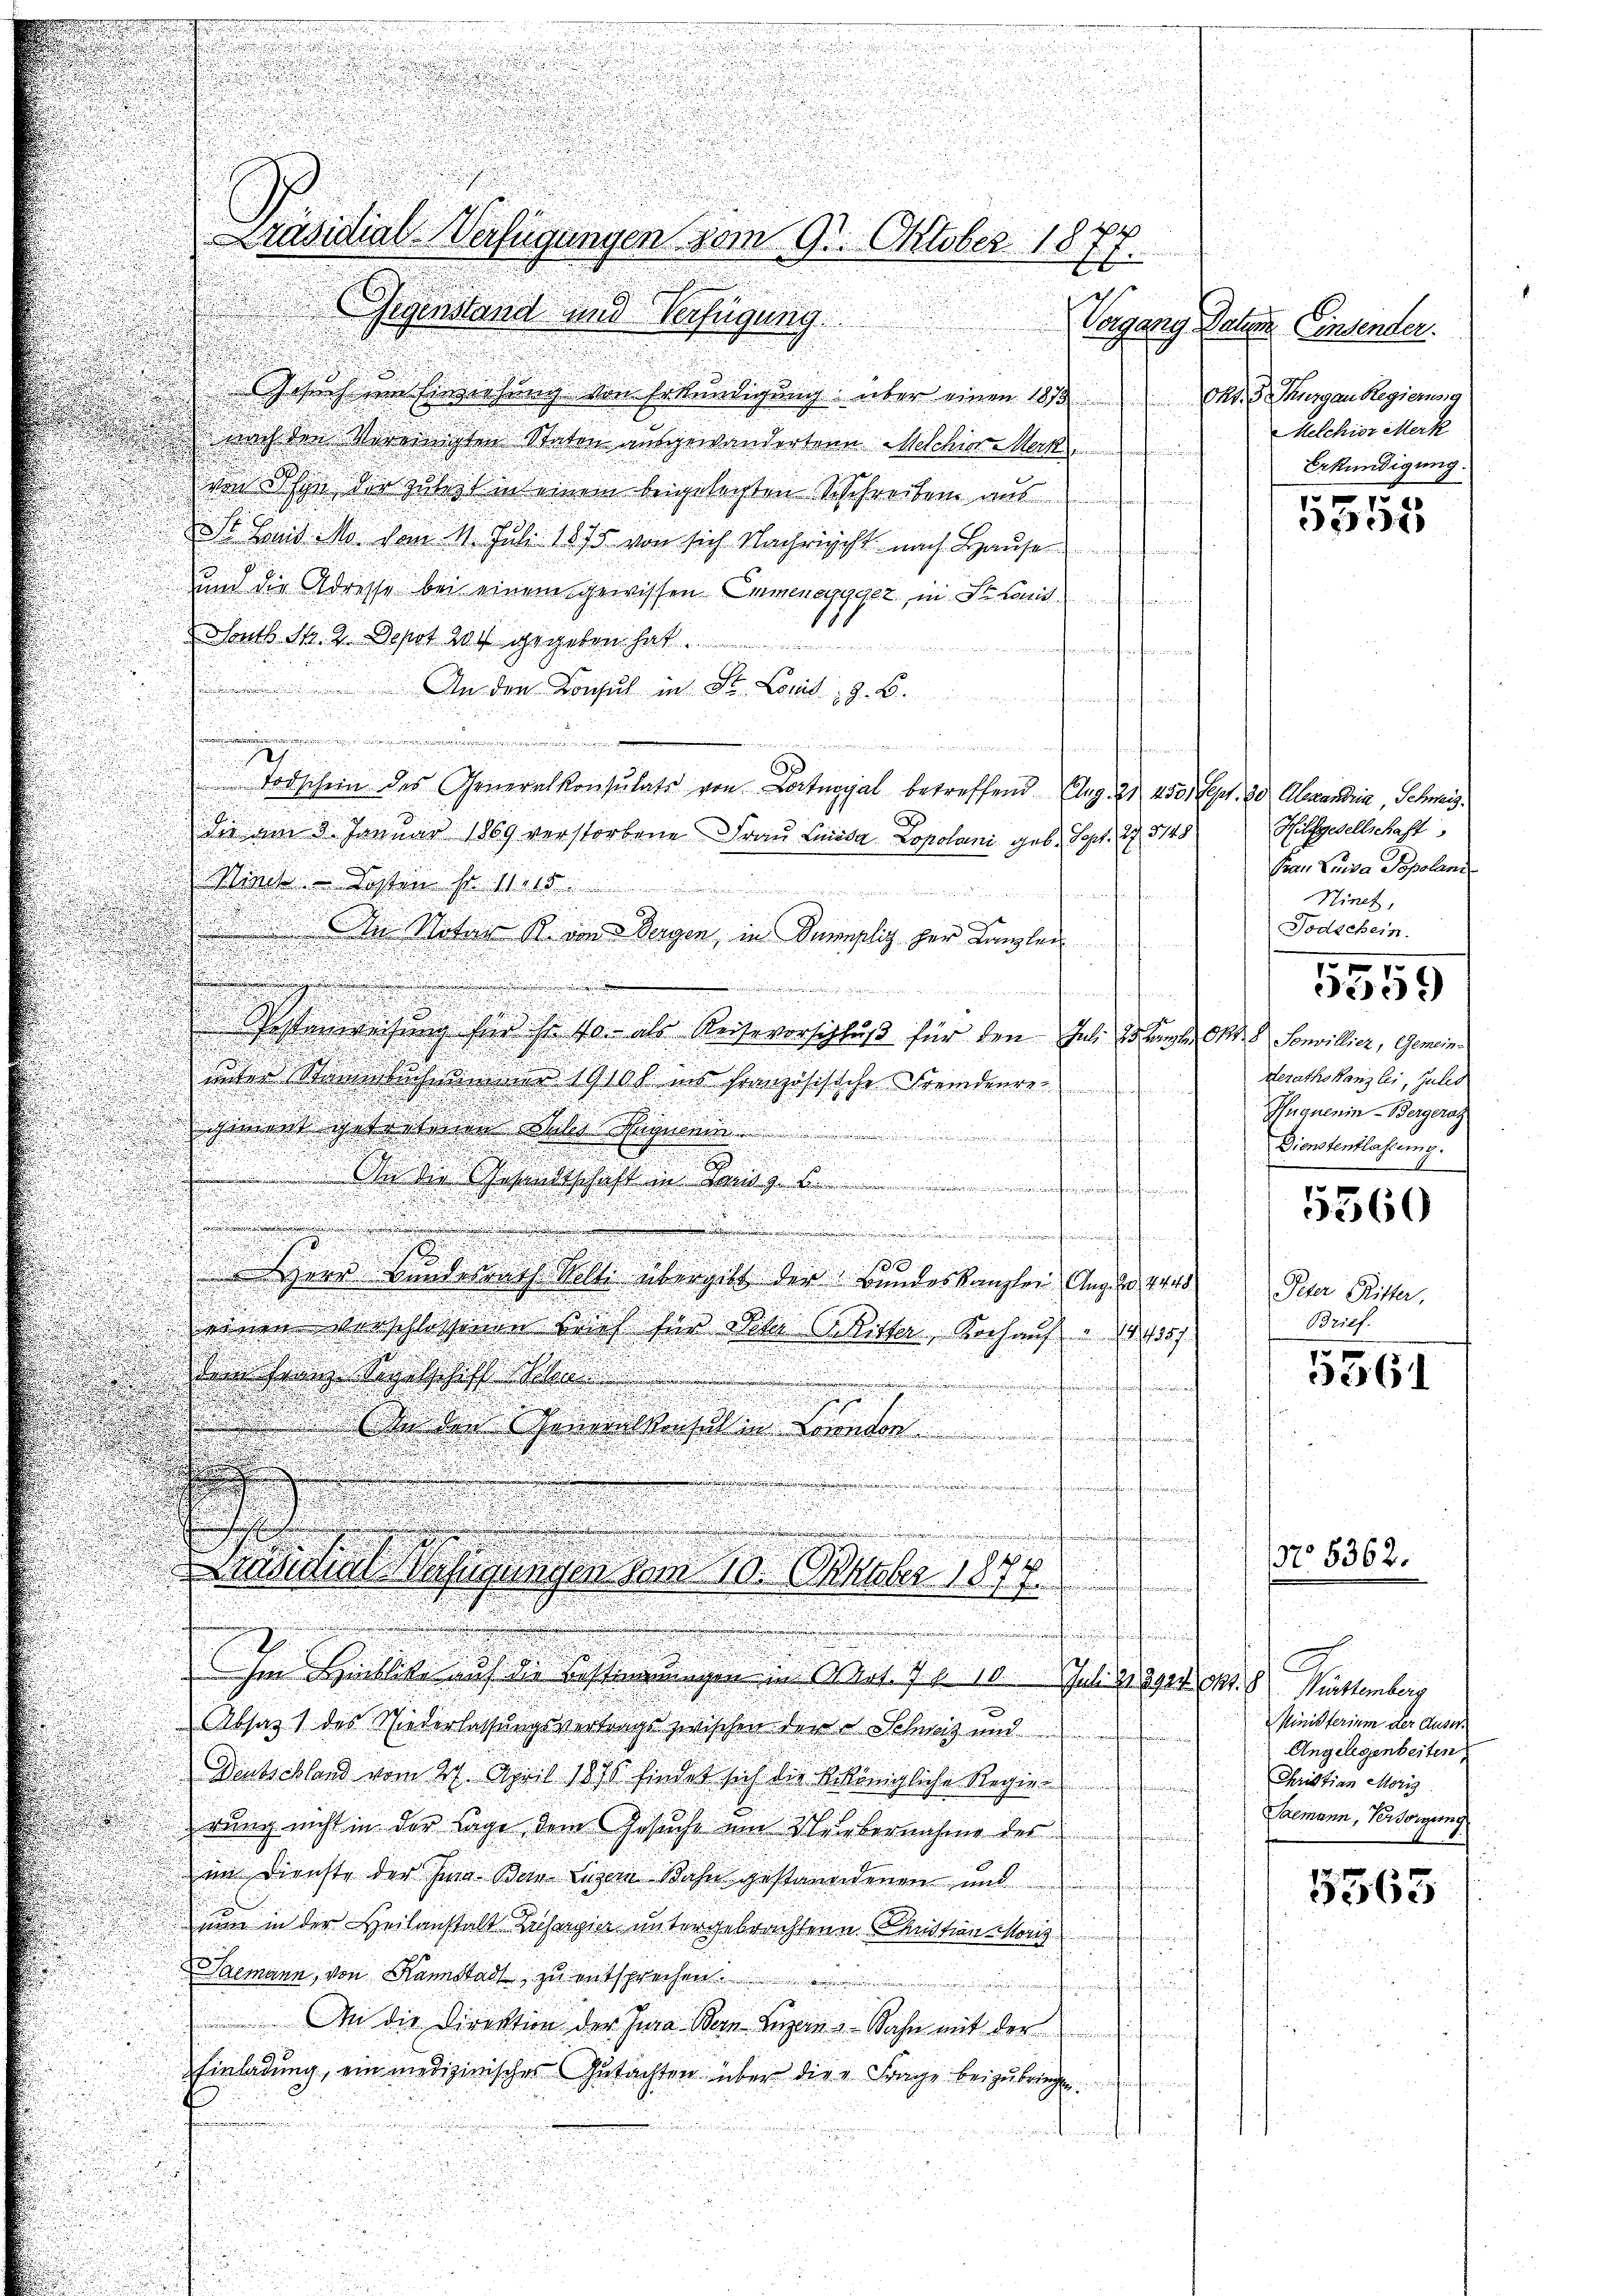
d
Gegenstand und Verfügung
Gesuch im Einziehung von Erkundigung über einen 1873.
nach den Vereinigten Staten ausgewanderten Melchior Meck
von ihn der gutest in einem beigelegten Schreiben aus
St Leid N. vom 11. Juli 1875 von sich Nachricht nach Hause
und die Adresse bei einem gewissen Emmenapycez, in Staat
South Str. 2. Depot 20 gegeben hat
unferntemen
.. An den Konsul in Dr. Land, z. B.
n

.
Todschein des Generalkonsulate von Lotugal betreffend Aug. 21. 450. Sept. 30 Alexandria, Schweiz.

Dir am 8. Januar 1869 verstorbene Frau Linida Lopolani geb. Sept. 195148
Winde Kosten so. 1110.

¬
n
In Notar R. von Segen, in Samplis her Kanzler

u
.

.
mien fern

i
Postenweisung sie so 10. als Reiseverschluß für den Jahr so langte Okt. Sonvillier, Gemeind
.
.
er Schmer 1910 in französische Fremdenre
.
2
ciment getretenen Bei Segnen.
t
e
.
2

.

An die Gesandtschaft im Landg

e
a
u

i
n

ner Bundesrech Welti übergibt der Bundeskanzler Aug. d. 24
einen Vorschlossenen Brief für Jeder Arister, Koch auf 35 f
u
den seine Regelschaft he
e
e
i
d

.
 den Generkerst in konnte

e
.
u
n
 interhaltenen vom 10. Oktober 1877.
.
utun

.
Im Hinblicke auf die Bestimmungen in Art. 7 f 10. Juli der Okt. 8 Württemberg
.
Absatz 1 des Niederlassungsvertrags zwischen der u Schweiz und
Deutschland vom 27. April 1890 findet sich die k. königliche Regier
rung nicht in der Tage dem Gesuche und Silbernahme des
c
im Dienste der hina Bein Luzer Bahn gestandenen und
nun in der Heilanstalt Zusagier untergebrachten Kaution Moriz
d
Saemann, von Kannstadt zu entsprechen.
e
An die Direktion der Ja Dein Bezau, Sohn mit der
d
Einladung, ein medizinisches Gutachten über die Frage beizubringen
f

Präsidial-Verfügungen vom 9. Oktober 1877.

Vorgang Daten Einsender.
Oko. 3. hurgau Regierung
Melchior Merk
Eekündigung.
101
eit)

Hülfsgesellschaff
Frau Luisa Popoland
Hinet,
Todschein
.
359)
derathskanzlei, Julis
Guguenin - Bergerat
Dienstentlassung.

Peter Ritter,
Brief.

5360

5361

N° 5362.

E
Ministerium der Auser¬
Angelegenbeiten
Christian Moriz
Saemann, Persorgung

5565